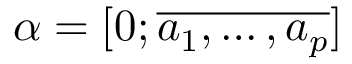
\alpha = [ 0 ; \overline { { a _ { 1 } , \ldots , a _ { p } } } ]